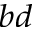
_ { b d }